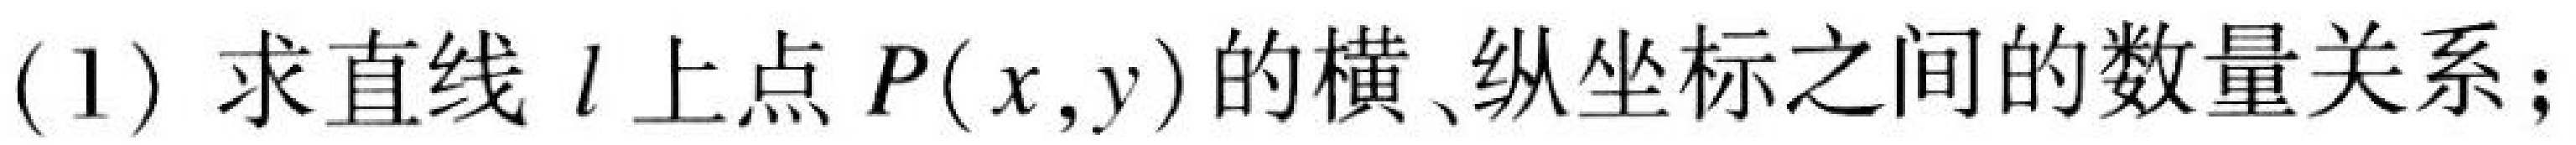
(1) 求直线\(l\)上点\(P(x,y)\)的横、纵坐标之间的数量关系；